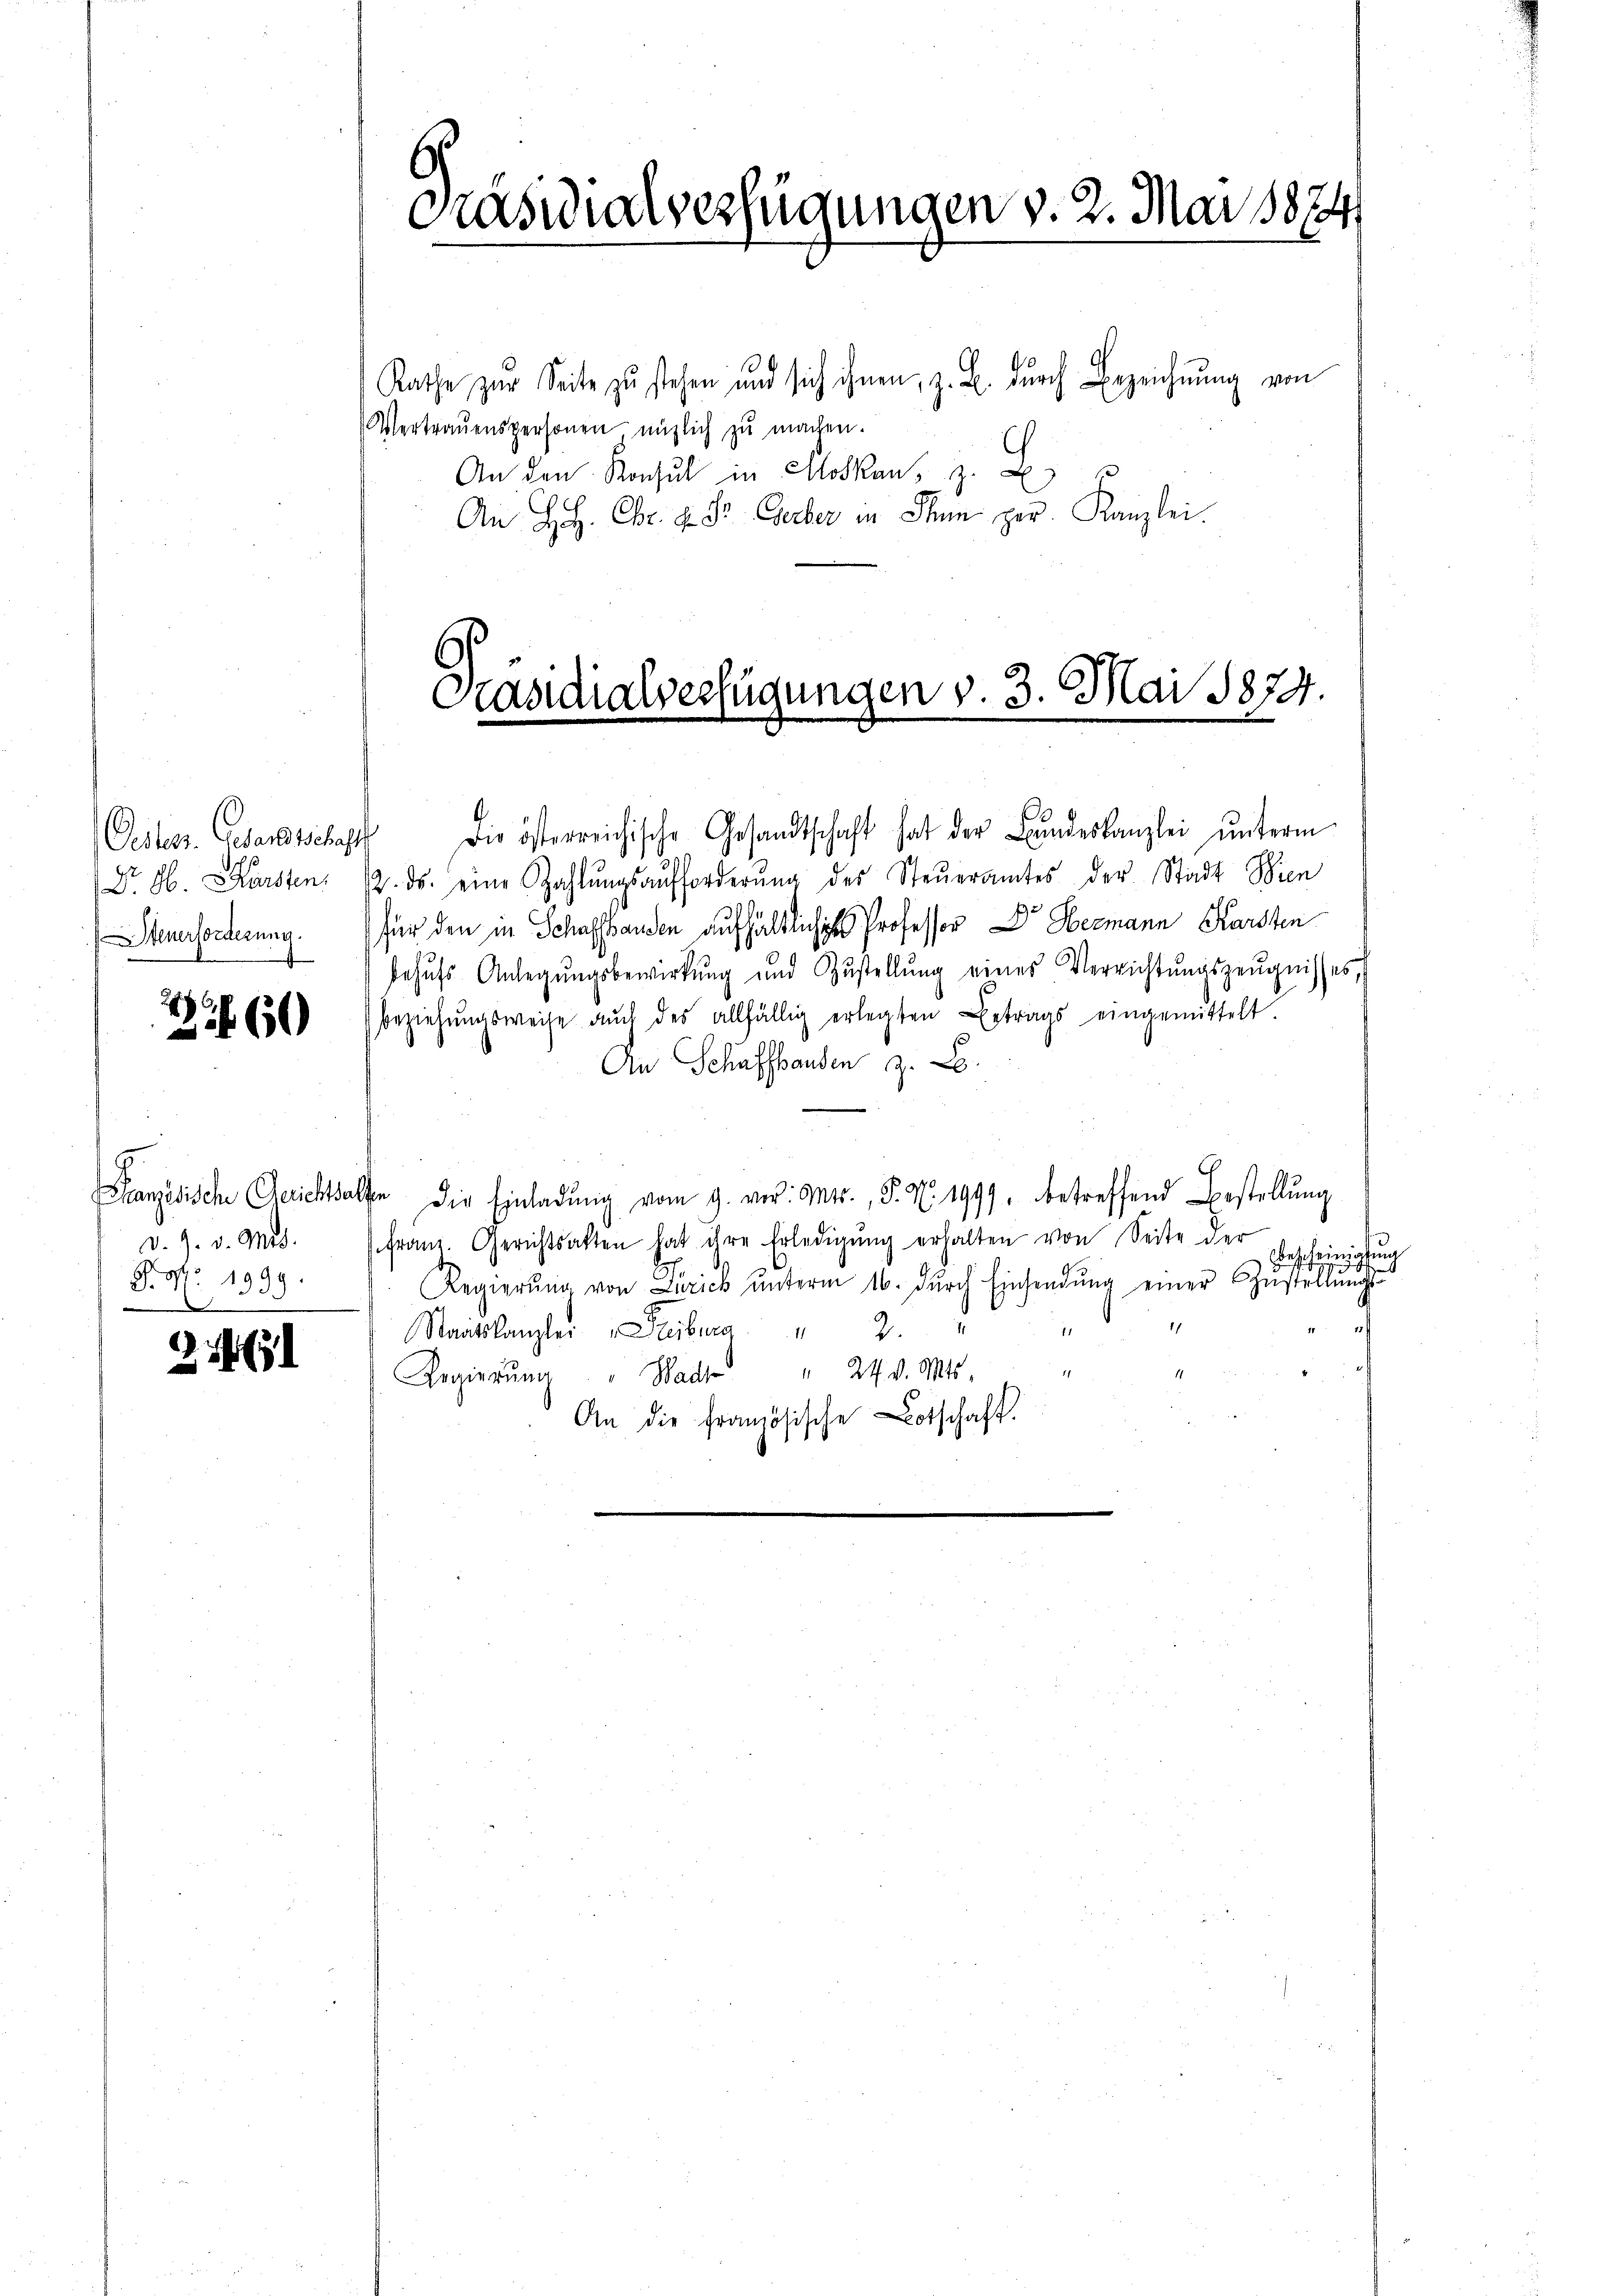
Oesters. Gesandtschaft
Dr. Ab. Karsten.
Steuerforderung.

2 60

d. J. v. Mts.
Pro. 1999
d

21461

Präsidialverfügungen v. 2. Mai 1874

Rathe zur Seite zŭ stehen und sich ihnen, z. B. dŭrch Bezeichnŭng von
Vertrauenspersonen nützlich zu machen.
An den Konsul in Moskau, z. B
An H. Chr. d. Dr. Gerber in Thun per. Kanzlei.

Präsidialverfügungen v. 3. Mai 1874.

Die österreichische Gesandtschaft hat der Bŭndeskanzlei ŭnterm
12. ds. eine Zahlŭngsaufforderŭng des Steŭeramtes der Stadt Wien
für den in Schaffhanden aufhältliches Professor Dr. Hermann Karsten
behŭfs Anlegŭngsbewirkung und Zustellŭng eines Verrichtŭngszeŭgnisses,
beziehŭngsweise aŭch des allfällig erlegten Betrags eingemittelt.
An Schaffhausen z. B.
Granzösisch Gerich als die Einladŭng vom 9. vor. Mts., S. Nr. 1997. betreffend Bestellŭng
franz. Gerichtsalten hat ihre Erledigŭng erhalten von Seite der
Bescheinigung
.
Regierŭng von Zürich ŭnterm 16. dŭrch Einsendŭng einer Zŭstellŭngs-
11
Staatskanzlei Streiburg " 2
Regierŭng " Wad " 24 v. Mts.
An die Französische Botschaft.